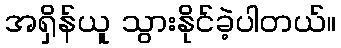
အရှိန်ယူ သွားနိုင်ခဲ့ပါတယ်။